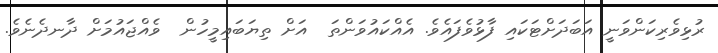
ރުޅިވެރިކަންވަނީ އަބަދަށްޓަކައި ފާޅުވެފައެވެ. އެއްކައުވަންތަ  އަށް ތިޔަބައިމީހުން  ވެއްޖައުމަށް ދާނދެނެވެ.